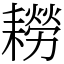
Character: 耮